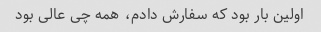
اولین بار بود که سفارش دادم، همه چی عالی بود